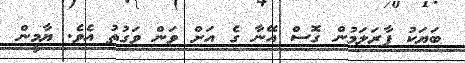
ބަޔަކު ފާރަލަމުން ގޮސް އޭނާ ގެ އަށް ވަން ވަގުތު އެވެ. ޔާމީން